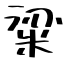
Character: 粱